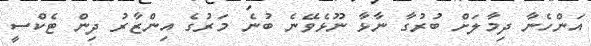
އަންހެނާ ދިމާލަށް ބުރުގާ ނާޅާ ނޫޅެވޭނެ ބުނެ މަރުގެ އިންޒާރު ދިން ޓެކްސީ